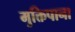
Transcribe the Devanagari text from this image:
मुक्तिपाना